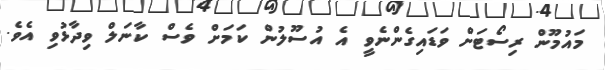
މައުމޫން ރިސޯޓަށް ވަޑައިގެންނެވީ އެ އުސޫލުން ކަމަށް ވެސް ކާނަލް ވިދާޅުވި އެވެ.